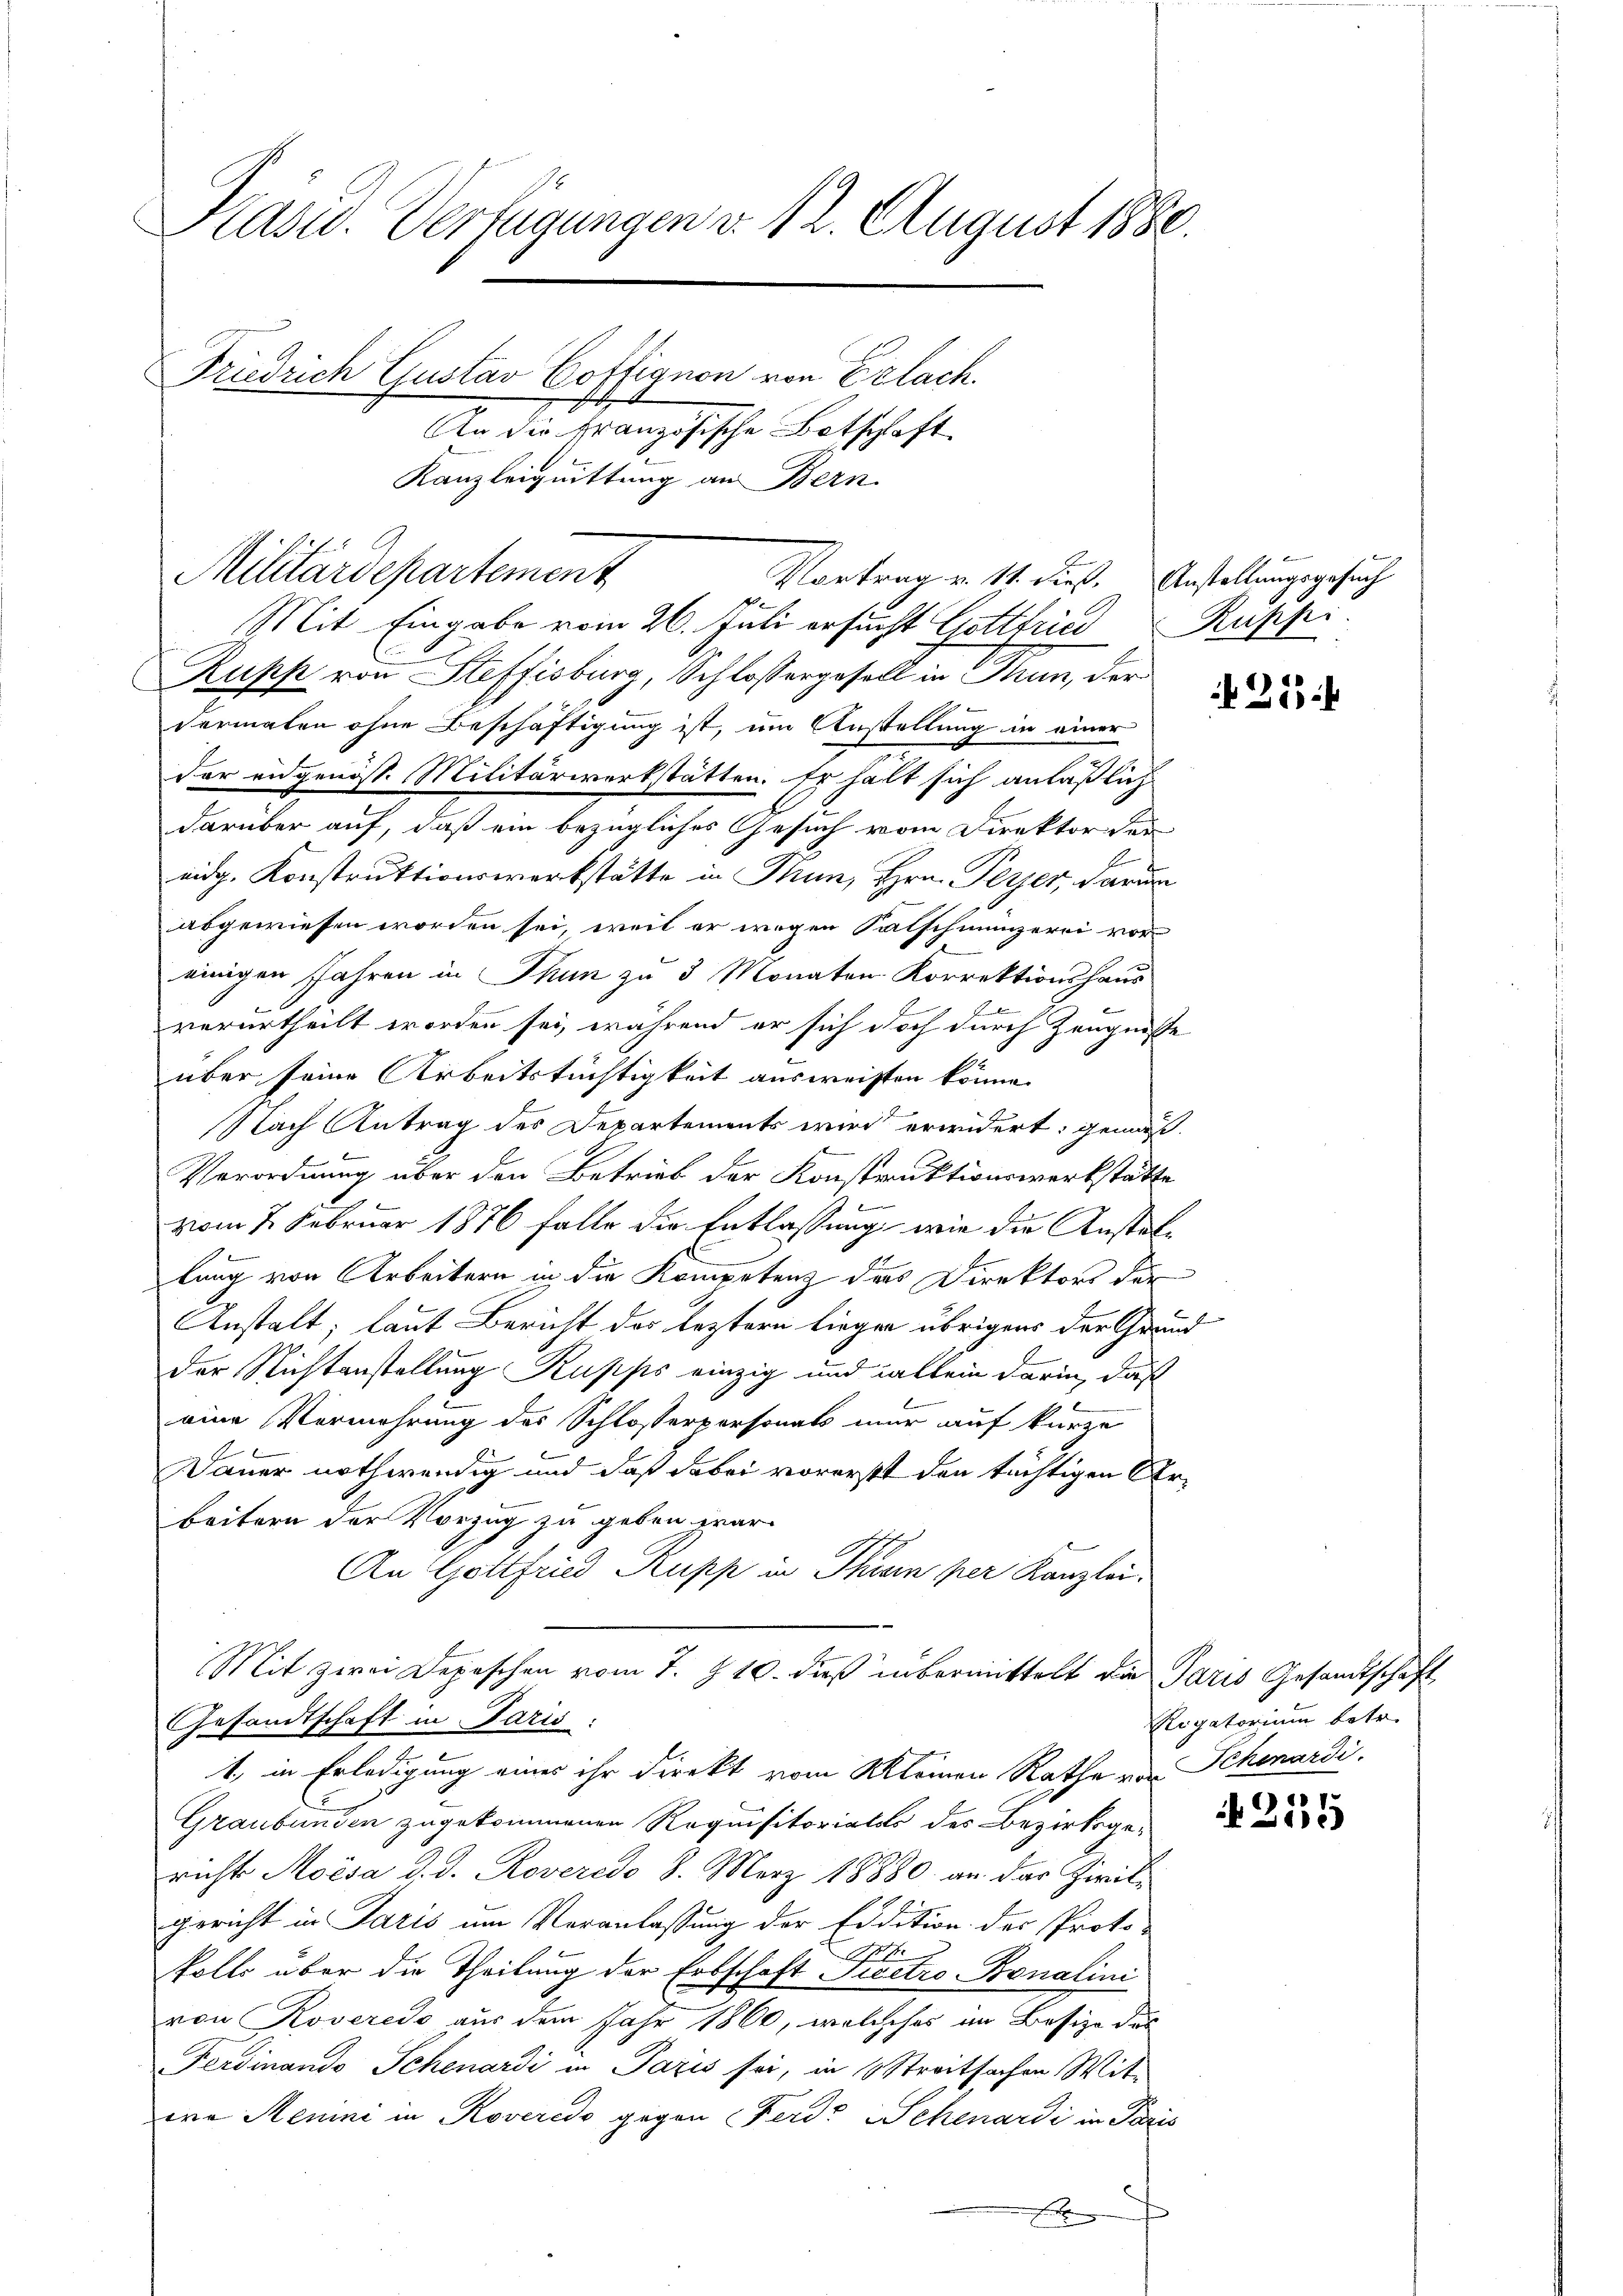
Kasu. Verfügungen v. 12. August 1880.
Friedrich Gustav Coffignon von Erlach.
An die Französische Botschaft
Kanzleiquittung an Bern.

Militärdepartement

Mit Eingabe vom 26. Juli ersucht Gottfried Ruppi
Rupp von Steffisburg, Schlossergesell in Rum, der
dermalen ohne Beschäftigung ist, um Anstellung in einer
der eidgenöss. Militärwerkstätten. Er hält sich anläßlich
darüber auf, daß ein bezügliches Gesuch vom Direktor der
eidg. Konstruktionswerkstätte in Rum, Hrn. Peyer, darum
abgewiesen worden sei, weil er wegen Salschmunzerei vor-
einigen Jahren in Thun zu 3 Monaten Korrektionshaus
verurtheilt worden sei, während er sich doch durch Zeugnisse
über seine Arbeitstüchtigkeit ausweisten könne.
Nach Antrag des Departements wird erwidert: gemäß
Verordnung über den Betrieb der Konstruktionswerkstätte
vom 2. Februar 1876 falle die Entlassung wie die Anstatlung von Arbeitern in die Kompetenz das Direktors der
Anstalt, laut Bericht der leztern liegen übrigens der Grund
der Nichtenstellung Kupps einzig und allein darin, daß
eine Vermehrung des Schlosserpersonats nur auf kurze
Dauer nothwendig und daß dabei vorerst den tüchtigen Urbeitern der Vorzug zu geben war.
An Gottfried Rupp in Thur per Kanzlei.
Mit zwei Depeschen vom 7. Z. 10. dieß übermittelt die Paris Gesandtschaft
Gesandtschaft in Paris:
1., in Erledigung eines ihr direkt vom Kleinen Rathe von Schenardi.
Graubünden zugekommenen Requisitoriales des Bezirksgericht Moisa d. d. Roveredo 8. März 18880. an das Zivil-
gericht in Paris um Veranlassung der Eidition des Proto-

 E
kolls über die Theilung der Erbschaft Siectro Bonalini
von Roveredo aus dem Jahr 1860, welcheses im Besize des
Ferdinando Schenardi in Paris sei, in 6 Streitsachen Mitwa Remini in Roveredo gegen Ferd. Schenardi in Paris
F

Vortrag v. 11. dieß. Anstellungsgesuch

25

Rigatorium betr.

)
2112)